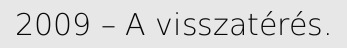
2009 – A visszatérés.